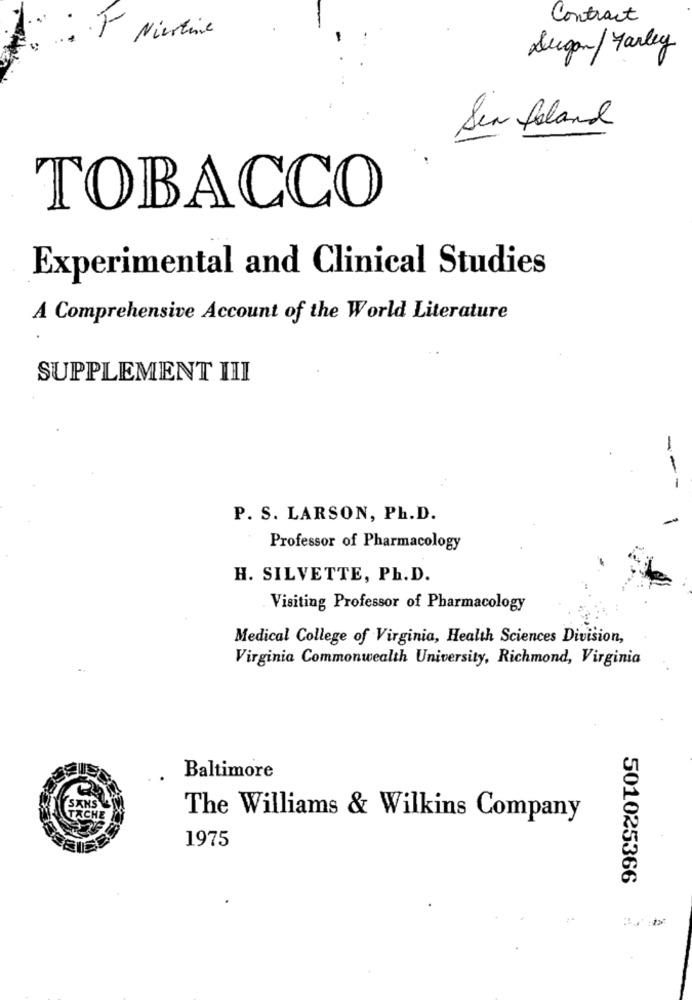
Contract
Augen/ Marley
Sen feland
TOBACCO
Experimental and Clinical Studies
A Comprehensive Account of the World Literature
SUPPLEMENT III
---
P. S. LARSON, Ph.D.
Professor of Pharmacology
H. SILVETTE, Ph.D.
Visiting Professor of Pharmacology
Medical College of Virginia, Health Sciences Division,
Virginia Commonwealth University, Richmond, Virginia
Baltimore
SANS
TACHE
The Williams & Wilkins Company
1975
501025366